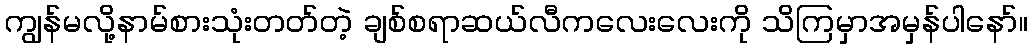
ကျွန်မလို့နာမ်စားသုံးတတ်တဲ့ ချစ်စရာဆယ်လီကလေးလေးကို သိကြမှာအမှန်ပါနော်။